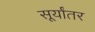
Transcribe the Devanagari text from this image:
सूर्यांतर